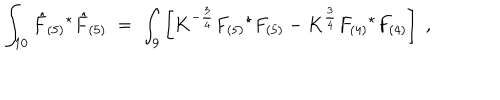
\int _ { 1 0 } \hat { F } _ { ( 5 ) } { } ^ { \star } \hat { F } _ { ( 5 ) } \; = \; \int _ { 9 } \left[ K ^ { - \frac { 3 } { 4 } } F _ { ( 5 ) } { } ^ { \star } F _ { ( 5 ) } - K ^ { \frac { 3 } { 4 } } F _ { ( 4 ) } { } ^ { \star } F _ { ( 4 ) } \right] \; ,